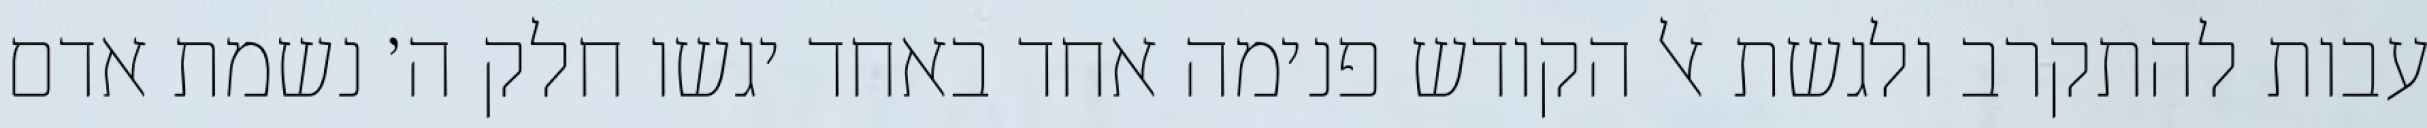
עבות להתקרב ולגשת אל הקודש פנימה אחד באחד יגשו חלק ה׳ נשמת אדם